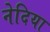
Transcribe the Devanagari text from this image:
नेदिया